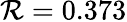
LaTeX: \mathcal{R}=0.373